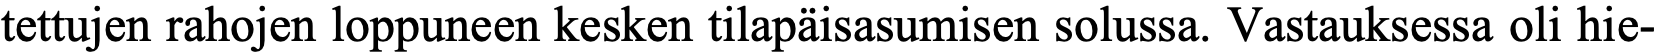
tettujen rahojen loppuneen kesken tilapäisasumisen solussa. Vastauksessa oli hie-